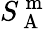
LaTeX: S_{\mathrm{~A~}}^{\mathrm{~m~}}